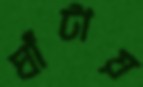
ঘাঁটায়